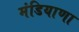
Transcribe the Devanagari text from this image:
मंडियाणा